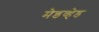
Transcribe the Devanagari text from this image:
मेडव्हेड